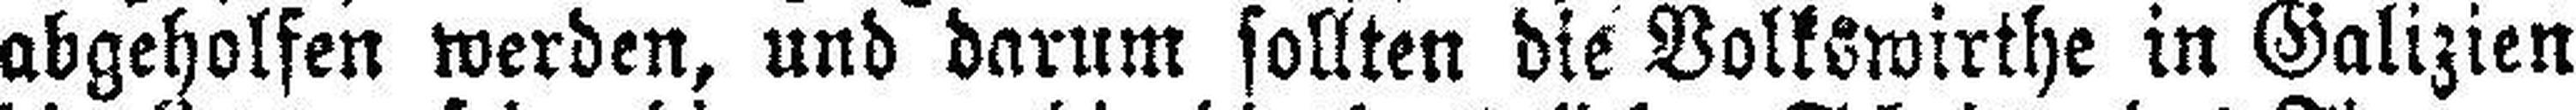
abgeholfen werden, und darum sollten die Volkswirthe in Galizien